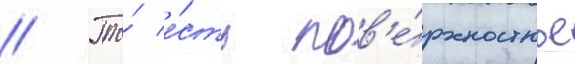
// То́ е́сть пов'е́рхностное